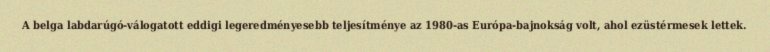
A belga labdarúgó-válogatott eddigi legeredményesebb teljesítménye az 1980-as Európa-bajnokság volt, ahol ezüstérmesek lettek.